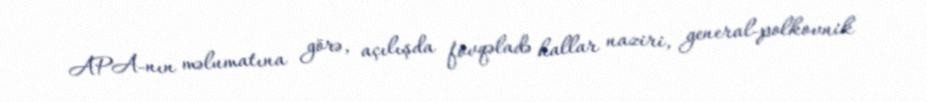
APA-nın məlumatına görə, açılışda fövqəladə hallar naziri, general-polkovnik